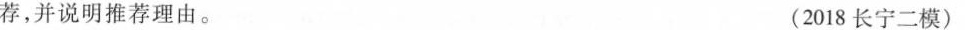
荐，并说明推荐理由。 （2018长宁二模）